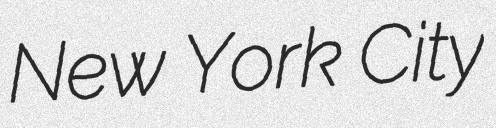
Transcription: New York City